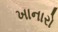
ખાનારો